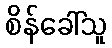
စိန်ခေါ်သူ